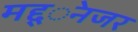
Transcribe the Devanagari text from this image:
मद्द्ेनजर